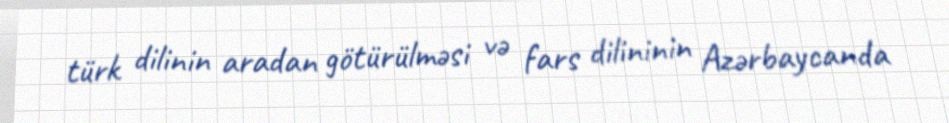
türk dilinin aradan götürülməsi və fars dilininin Azərbaycanda